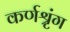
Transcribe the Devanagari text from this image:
कर्णश्रृंग